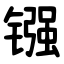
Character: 镪